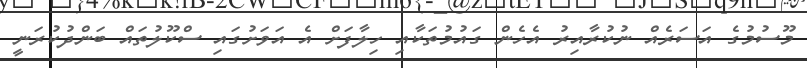
މޫސުމުގެ އަސަރެއް ނުކުރާއިރު އެހެން ގައުމުތަކާއި ހިލާފަށް އެ އަވަށުގައި ސްކޫލުތައް ބަންދުކުރަނީ